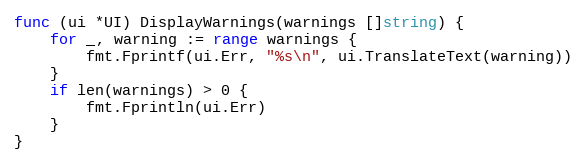
Language: Go
func (ui *UI) DisplayWarnings(warnings []string) {
	for _, warning := range warnings {
		fmt.Fprintf(ui.Err, "%s\n", ui.TranslateText(warning))
	}
	if len(warnings) > 0 {
		fmt.Fprintln(ui.Err)
	}
}